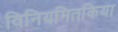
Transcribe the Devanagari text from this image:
विनियमितकिया